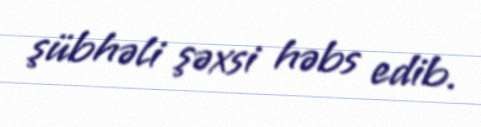
şübhəli şəxsi həbs edib.